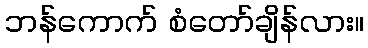
ဘန်ကောက် စံတော်ချိန်လား။